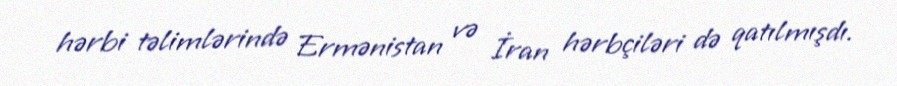
hərbi təlimlərində Ermənistan və İran hərbçiləri də qatılmışdı.